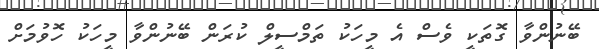
ބޭނުންވާ ގޮތަކީ ވެސް އެ މީހަކު ތަމްސީލް ކުރަން ބޭނުންވާ މީހަކު ހޮވުމަށް